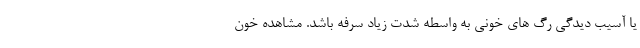
یا آسیب دیدگی رگ های خونی به واسطه شدت زیاد سرفه باشد. مشاهده خون